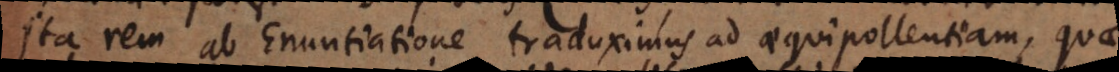
Ita rem ab Enuntiatione traduximus ad aequipollentiam, Am